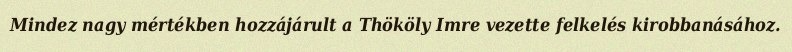
Mindez nagy mértékben hozzájárult a Thököly Imre vezette felkelés kirobbanásához.